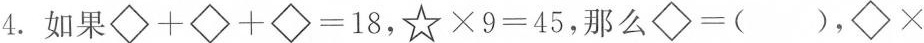
4.如果$$◇+◇+◇=18$$， $$☆\times9=45$$，那么◇=(),◇\times